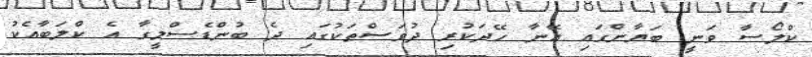
ކްލޯސާ ވަނީ ބަޔާންގައި އޭނާ ހޭދަކުރި ދުވަސްތަކުގައި ދެ ބުންޑެސްލީގާ އެ ކްލަބާއެކު